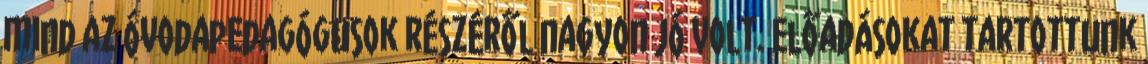
mind az óvodapedagógusok részéről nagyon jó volt. Előadásokat tartottunk